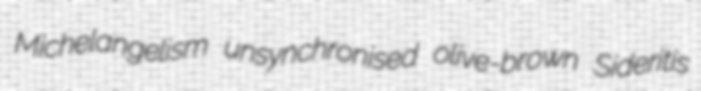
Michelangelism unsynchronised olive-brown Sideritis